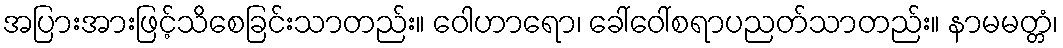
အပြားအားဖြင့်သိစေခြင်းသာတည်း။ ဝေါဟာရော၊ ခေါ်ဝေါ်စရာပညတ်သာတည်း။ နာမမတ္တံ၊